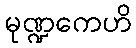
မုဏ္ဍကေဟိ